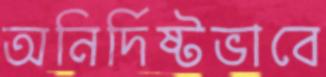
অনির্দিষ্টভাবে